Document type: Grant
Year: 1445
Scribe: Antoni Gomar
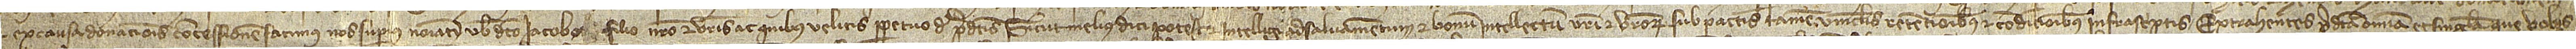
et ex causa donacionis concessionem facimus nos superius nominatim vobis dicto Iacobo, filio nostro, et vestris ac quibus velitis perpetuo de predictis sicut melius dici potest et intelligi ad salvamentum et bonum intellectum vestri et vestrorum, sub pactis tamen, vinculis, retentionibus et condicionibus infrascriptis, extrahentes predicta omnia et singula que vobis